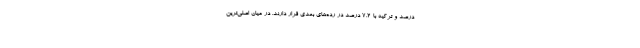
درصد و ترکیه با ۷.۲ درصد در رده‌های بعدی قرار دارند. در میان اصلی‌ترین